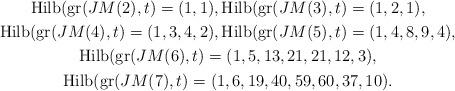
LaTeX: \begin{gather*}{\rm Hilb}({\rm gr}(JM(2) ,t)=(1,1), {\rm Hilb}({\rm gr}(JM(3) ,t)=(1,2,1),\\{\rm Hilb}({\rm gr}(JM(4) ,t)=(1,3,4,2), {\rm Hilb}({\rm gr}(JM(5) ,t)=(1,4,8,9,4),\\{\rm Hilb}({\rm gr}(JM(6) ,t)=(1,5,13,21,21,12,3), \\{\rm Hilb}({\rm gr}(JM(7) ,t)=(1,6,19,40,59,60,37,10).\end{gather*}